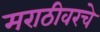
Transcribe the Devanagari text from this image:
मराठीवरचे